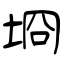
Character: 埛